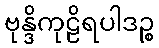
ဗုန္ဒိကုဠိရပါဒဉ္စ